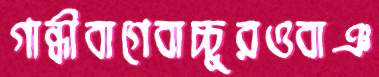
গান্ধীবাগেবাচ্চুরওবাঞ